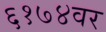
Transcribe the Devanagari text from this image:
६१७४वर